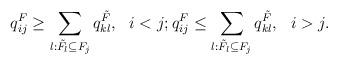
LaTeX: \begin{align*}q_{ij}^F&\geq \sum_{l:\tilde F_l\subseteq F_j} q_{kl}^{\tilde F}, \ \ i<j;q_{ij}^F\leq \sum_{l:\tilde F_l\subseteq F_j} q_{kl}^{\tilde F},\ \ i>j.\end{align*}